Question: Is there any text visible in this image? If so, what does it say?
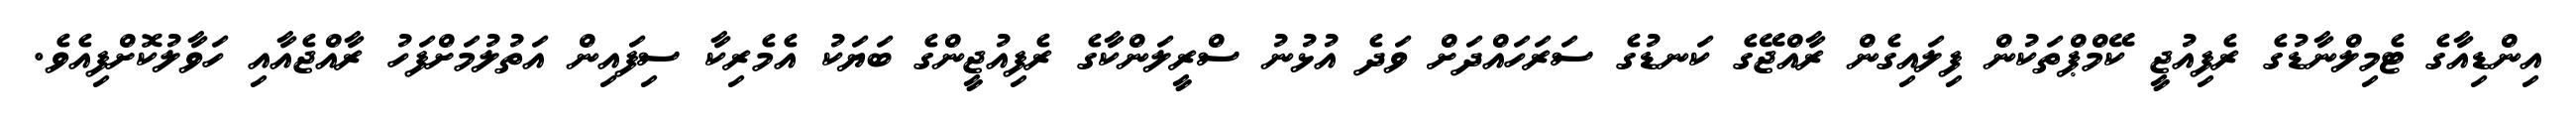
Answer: އިންޑިއާގެ ޓެމިލްނާޑުގެ ރެފިއުޖީ ކޭމްޕްތަކުން ފިލައިގެން ރާއްޖޭގެ ކަނޑުގެ ސަރަހައްދަށް ވަދެ އުޅުނު ސްރީލަންކާގެ ރެފިއުޖީންގެ ބަޔަކު އެމެރިކާ ސިފައިން އަތުލުމަށްފަހު ރާއްޖެއާއި ހަވާލުކޮށްފިއެވެ.